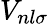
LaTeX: V_{nl\sigma}